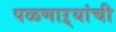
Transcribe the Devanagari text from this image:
पळणाऱ्यांची